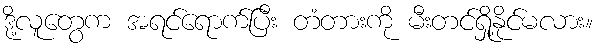
ဒို့လူတွေက အရင်ရောက်ပြီး တံတားကို မီးတင်ရှို့နိုင်မလား။